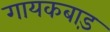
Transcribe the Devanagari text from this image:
गायकबाड़